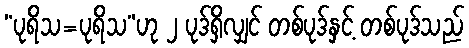
“ပုရိသ=ပုရိသ”ဟု ၂ ပုဒ်ရှိလျှင် တစ်ပုဒ်နှင့် တစ်ပုဒ်သည်